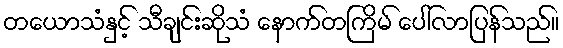
တယောသံနှင့် သီချင်းဆိုသံ နောက်တကြိမ် ပေါ်လာပြန်သည်။